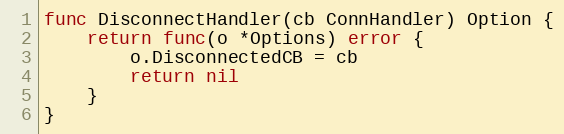
Language: Go
func DisconnectHandler(cb ConnHandler) Option {
	return func(o *Options) error {
		o.DisconnectedCB = cb
		return nil
	}
}